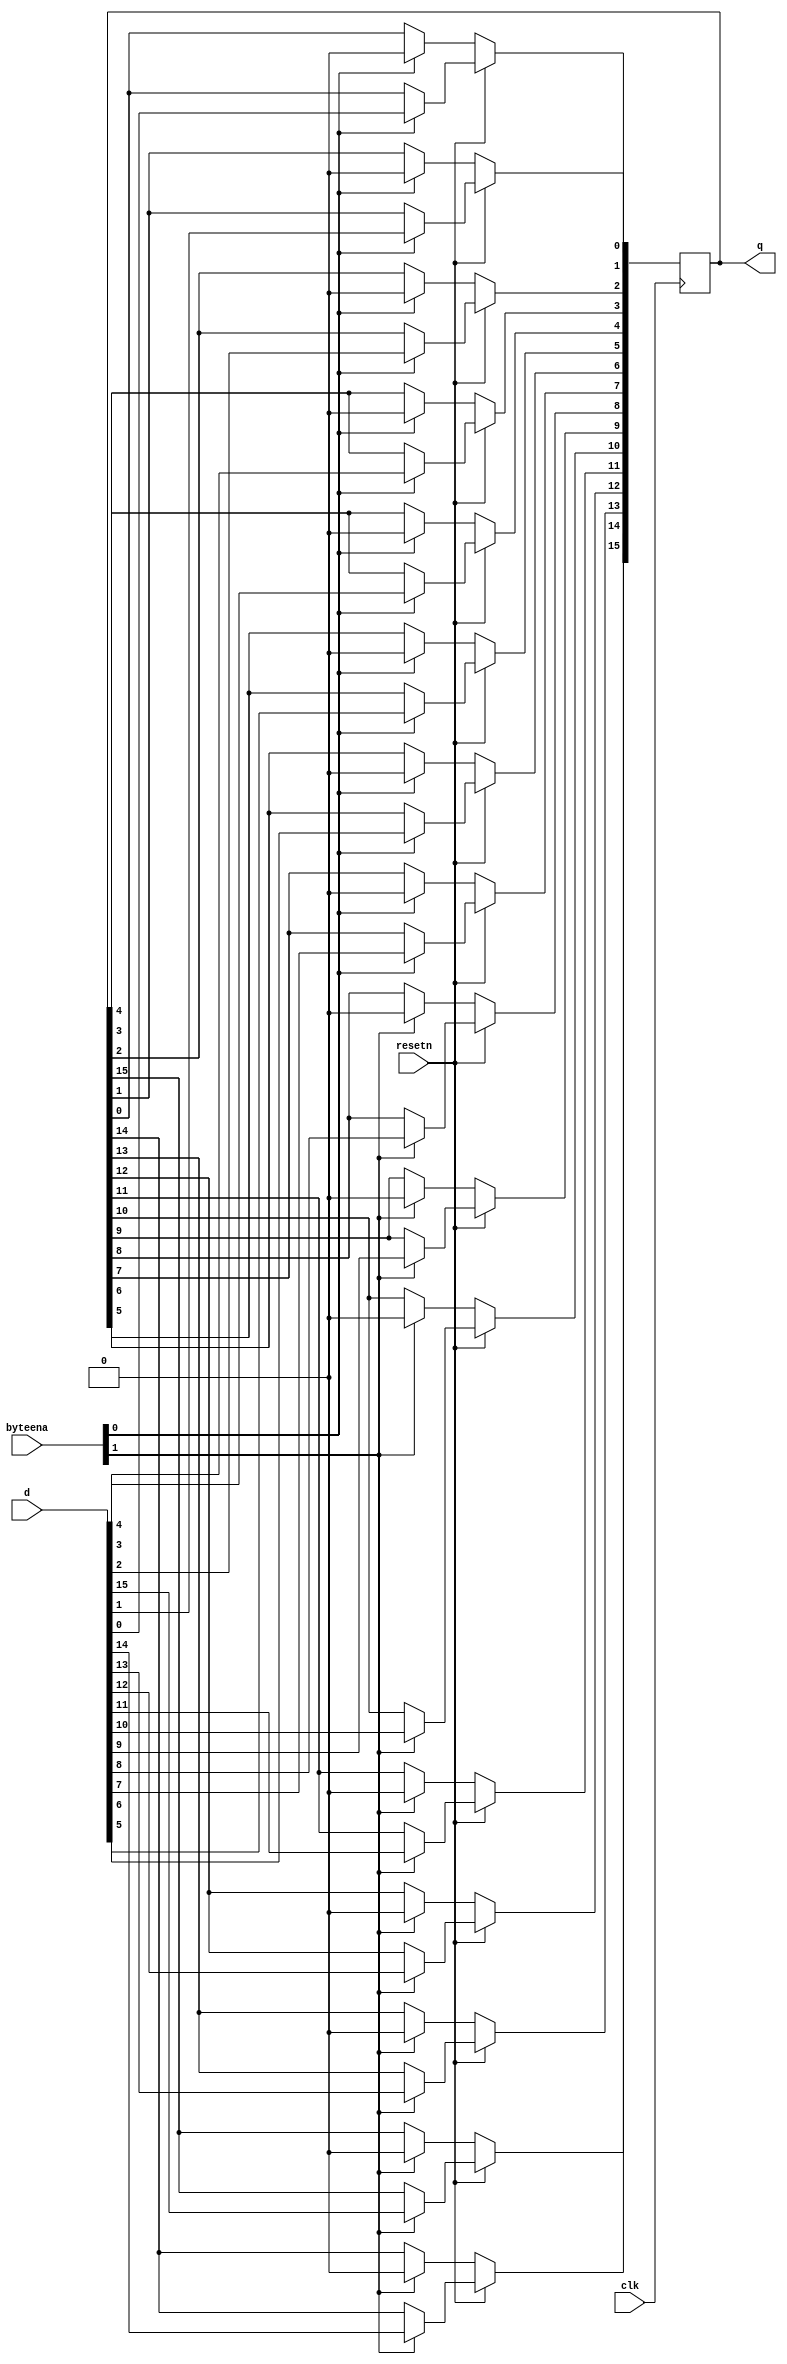
module top_module (
    input clk,
    input resetn,
    input [1:0] byteena,
    input [15:0] d,
    output [15:0] q
);

    integer i;
    
    always @(posedge clk) begin
        if (resetn == 0) begin
            if (byteena[1]) q[15:8] <= 8'h00;
            if (byteena[0]) q[7:0] <= 8'h00;
        end
        else begin
            if (byteena[0]) begin
                for (i = 0; i < 8; i++) begin
                    q[i] <= d[i];
                end
            end
            if (byteena[1]) begin
                for (i = 8; i < 16; i++) begin
                    q[i] <= d[i];
                end
            end
        end
    end
    
endmodule